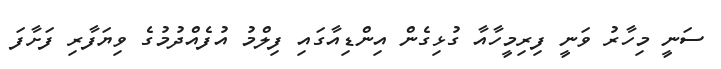
ސަނީ މިހާރު ވަނީ ފިރިމީހާއާ ގުޅިގެން އިންޑިއާގައި ފިލްމު އުފެއްދުމުގެ ވިޔަފާރި ފަށާފަ